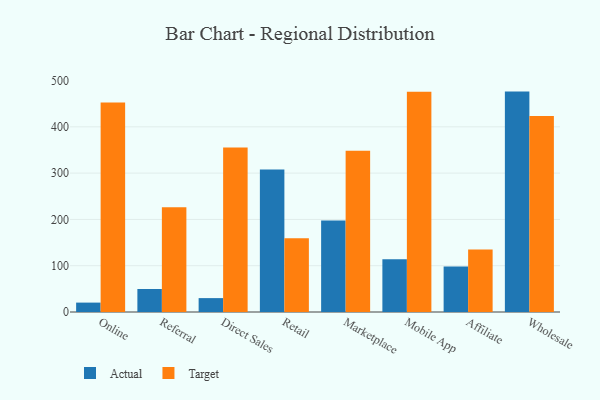
{"axis": {"x": "Channel", "y": "Headcount"}, "legend": ["Actual", "Target"], "data": [{"x": "Online", "y": 20.3, "type": "Actual"}, {"x": "Online", "y": 452.8, "type": "Target"}, {"x": "Referral", "y": 49.7, "type": "Actual"}, {"x": "Referral", "y": 226.5, "type": "Target"}, {"x": "Direct Sales", "y": 30.0, "type": "Actual"}, {"x": "Direct Sales", "y": 355.4, "type": "Target"}, {"x": "Retail", "y": 307.7, "type": "Actual"}, {"x": "Retail", "y": 159.4, "type": "Target"}, {"x": "Marketplace", "y": 197.6, "type": "Actual"}, {"x": "Marketplace", "y": 348.5, "type": "Target"}, {"x": "Mobile App", "y": 114.1, "type": "Actual"}, {"x": "Mobile App", "y": 476.0, "type": "Target"}, {"x": "Affiliate", "y": 98.1, "type": "Actual"}, {"x": "Affiliate", "y": 135.2, "type": "Target"}, {"x": "Wholesale", "y": 476.1, "type": "Actual"}, {"x": "Wholesale", "y": 423.5, "type": "Target"}]}